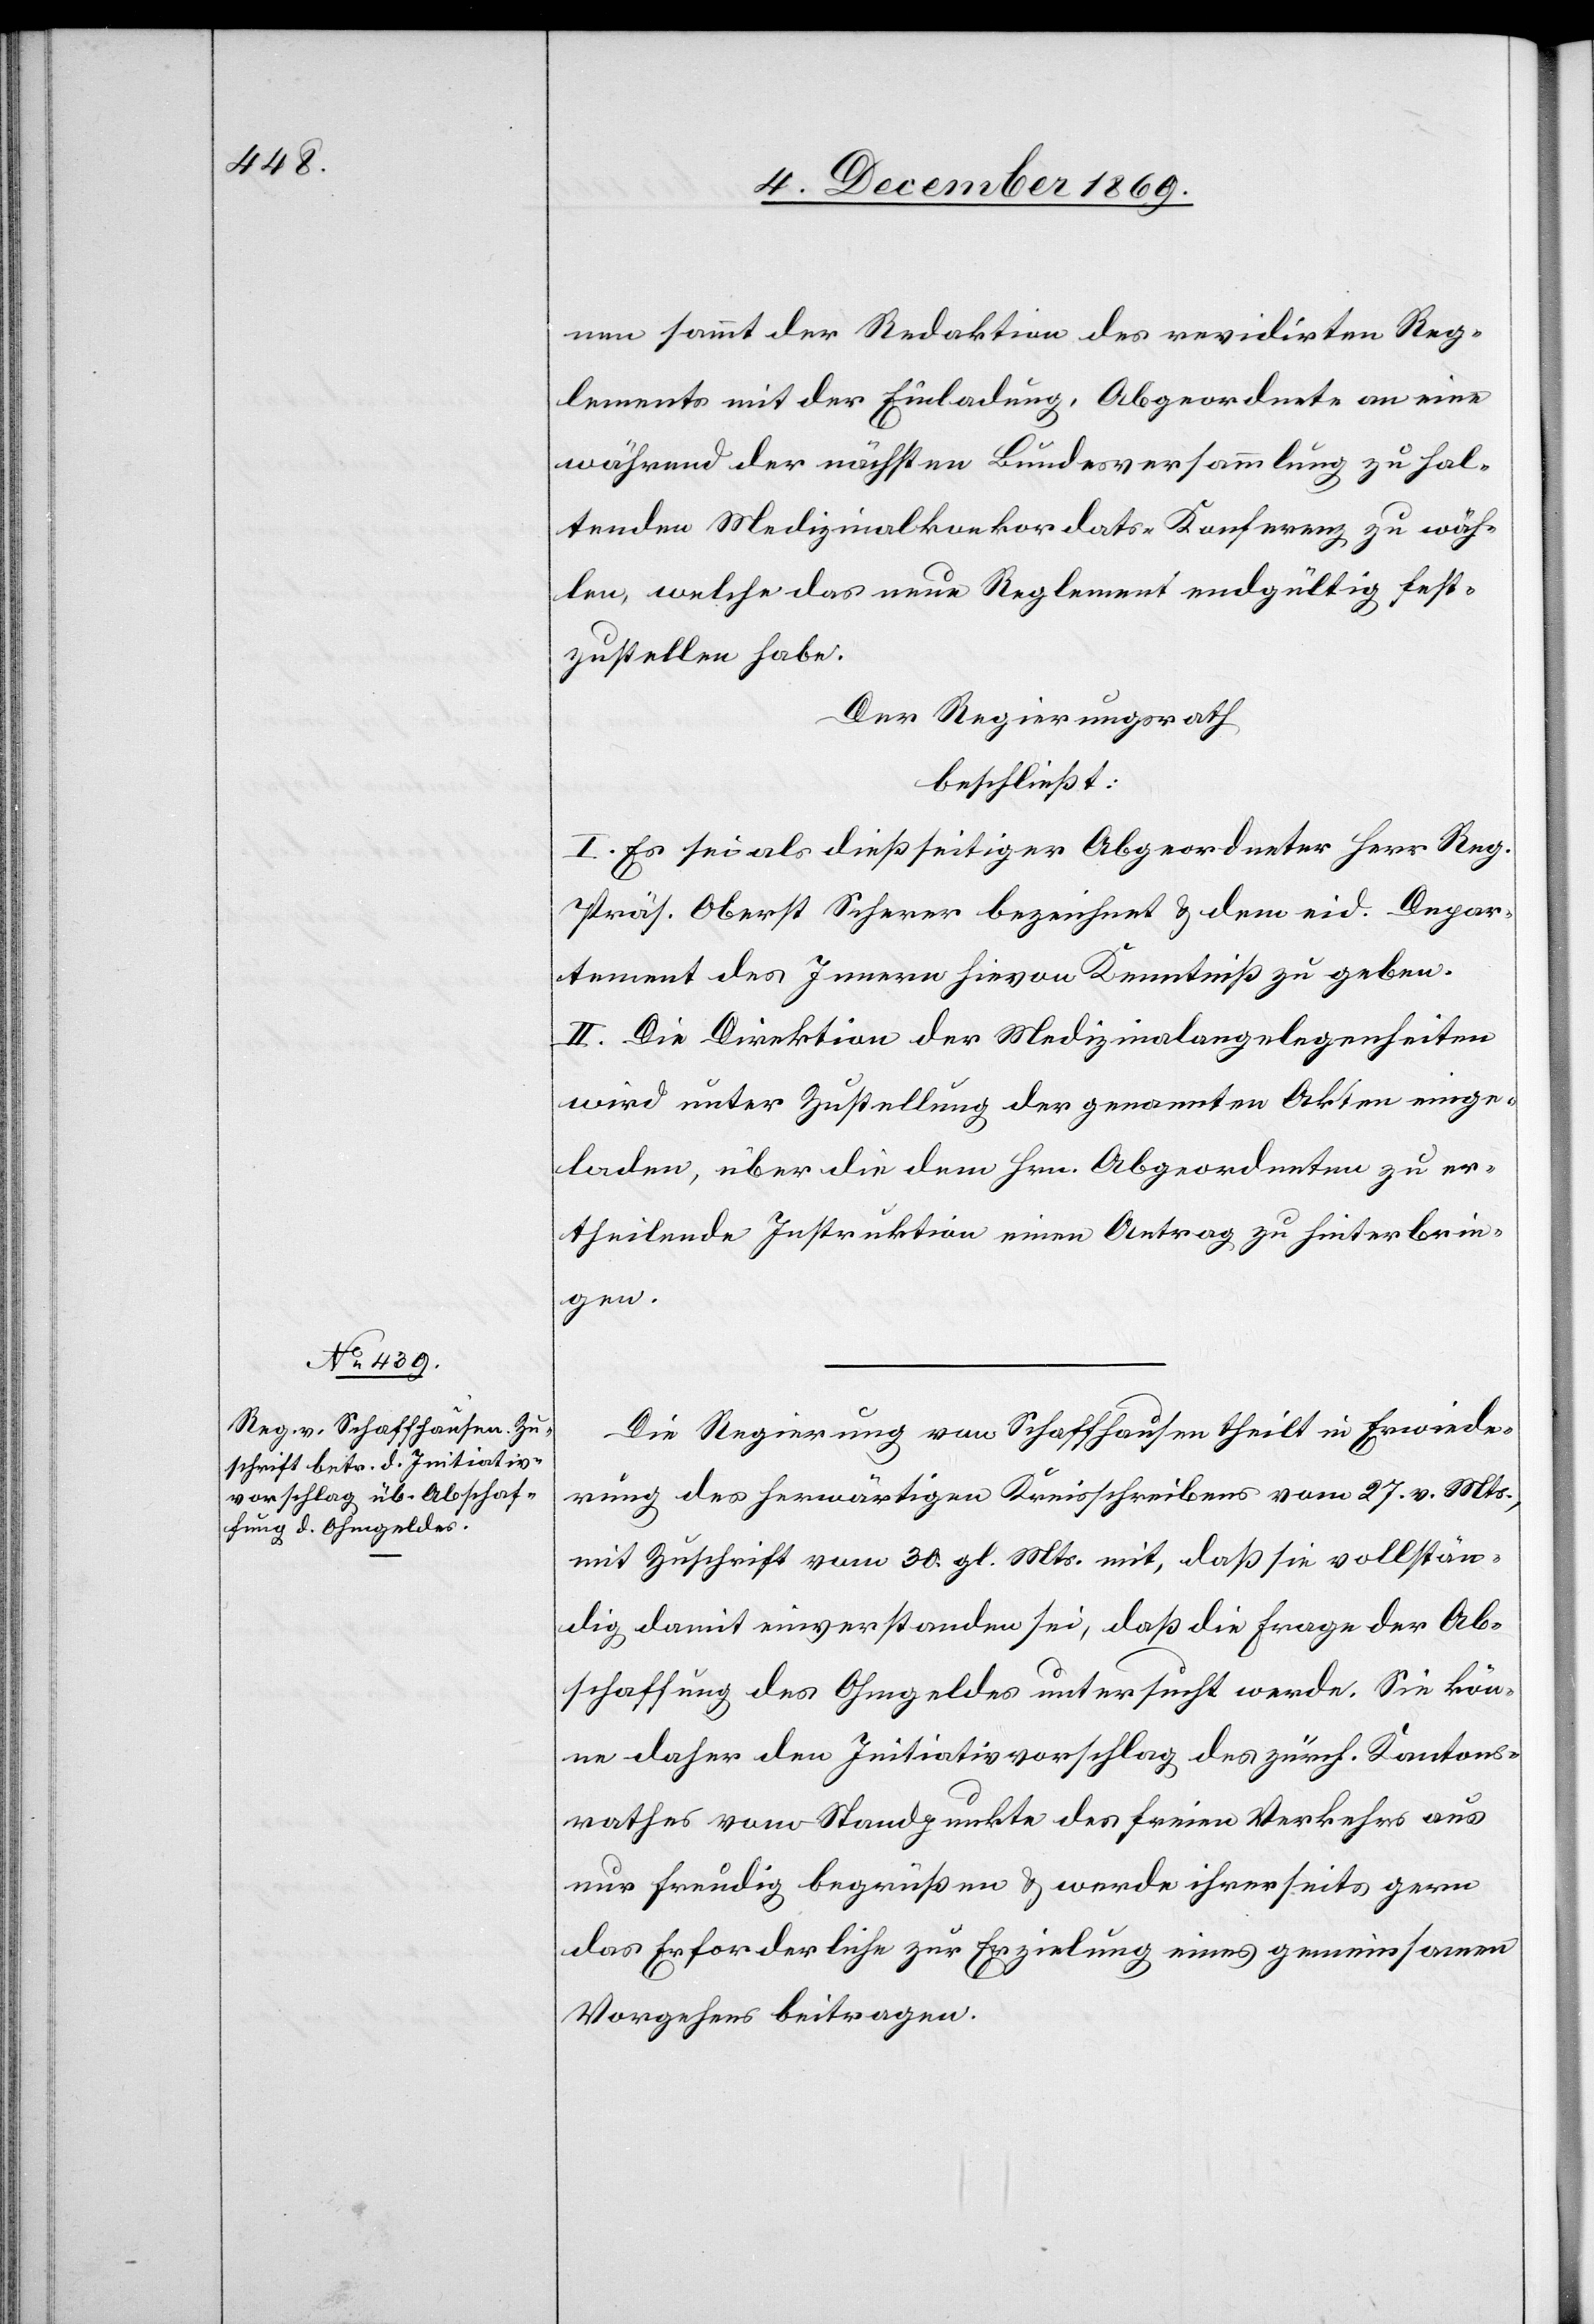
nen sammt der Redaktion des revidirten Reg¬
lements mit der Einladung, Abgeordnete an eine
während der nächsten Bundesversammlung zu hal¬
tenden Medizinalkonkordats-Konferenz zu wäh¬
len, welche das neue Reglement endgültig fest¬
zustellen habe.
Der Regierungsrath
beschließt:
I. Es sei als dießseitiger Abgeordneter Herr Reg.
Präs. Oberst Scherer bezeichnet & dem eid. Depar¬
tement des Innern hievon Kenntniß zu geben.
II. Die Direktion der Medizinalangelegenheiten
wird unter Zustellung der genannten Akten einge¬
laden, über die dem Hrn. Abgeordneten zu er¬
theilende Instruktion einen Antrag zu hinterbrin¬
gen.
Die Regierung von Schaffhausen theilt in Erwiede¬
rung des herwärtigen Kreisschreibens vom 27. v. Mts.,
mit Zuschrift vom 30. gl. Mts. mit, daß sie vollstän¬
dig damit einverstanden sei, daß die Frage der Ab¬
schaffung des Ohmgeldes untersucht werde. Sie kön¬
ne daher den Initiativvorschlag des zürch. Kantons¬
rathes vom Standpunkte des freien Verkehrs aus
nur freudig begrüßen & werde ihrerseits gern
das Erforderliche zur Erzielung eines gemeinsamen
Vorgehens beitragen.